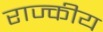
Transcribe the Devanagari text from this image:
राज्कीय